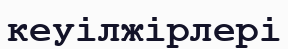
кеуілжірлері